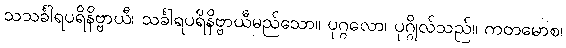
သသင်္ခါရပရိနိဗ္ဗာယီ၊ သင်္ခါရပရိနိဗ္ဗာယီမည်သော။ ပုဂ္ဂလော၊ ပုဂ္ဂိုလ်သည်။ ကတမောစ၊